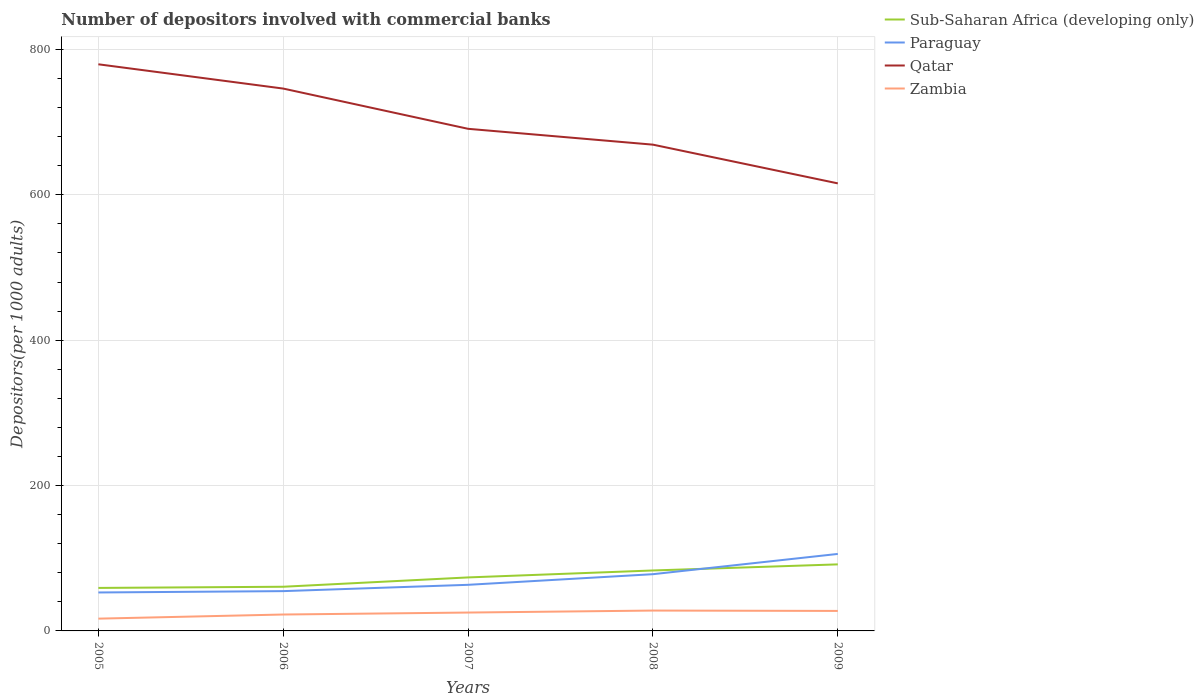
| Years | Sub-Saharan Africa (developing only) | Paraguay | Qatar | Zambia |
 | --- | --- | --- | --- | --- |
 | 2005 | 59.2 | 52.9 | 780 | 16.9 |
 | 2006 | 60.8 | 54.7 | 746 | 22.6 |
 | 2007 | 73.6 | 63.4 | 691 | 25.3 |
 | 2008 | 83.2 | 78.1 | 669 | 28 |
 | 2009 | 91.5 | 106 | 616 | 27.5 |